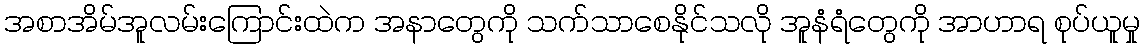
အစာအိမ်အူလမ်းကြောင်းထဲက အနာတွေကို သက်သာစေနိုင်သလို အူနံရံတွေကို အာဟာရ စုပ်ယူမှု